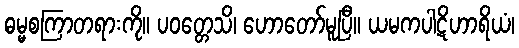
ဓမ္မစကြာတရားကို။ ပဝတ္တေသိ၊ ဟောတော်မူပြီ။ ယမကပါဋိဟာရိယံ၊